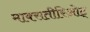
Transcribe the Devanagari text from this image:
माक्सतीरिओट्